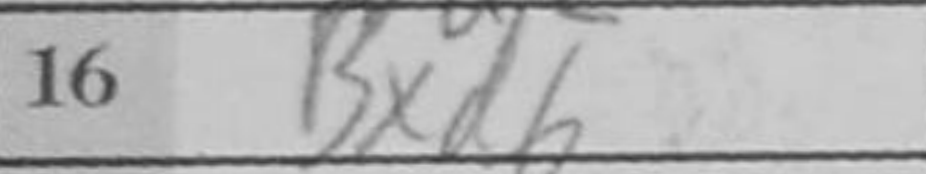
Transcription: Bxd6